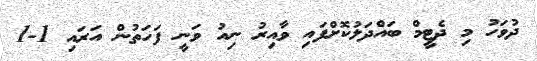
ދުވަހު މި ދެޓީމް ބައްދަލުކޮށްފައި ވާއިރު ނިއު ވަނީ ފަހަތުން އަރައި 1-1